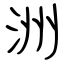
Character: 洲